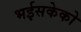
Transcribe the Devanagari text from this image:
भईसकेको